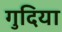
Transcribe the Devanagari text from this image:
गुदिया